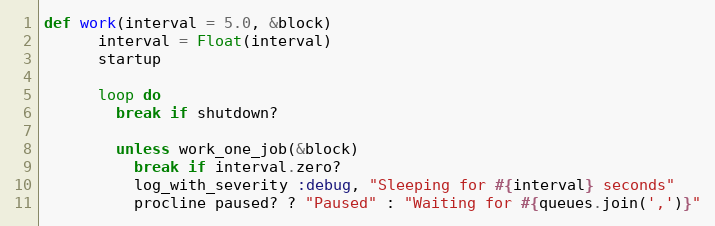
Language: Ruby
def work(interval = 5.0, &block)
      interval = Float(interval)
      startup

      loop do
        break if shutdown?

        unless work_one_job(&block)
          break if interval.zero?
          log_with_severity :debug, "Sleeping for #{interval} seconds"
          procline paused? ? "Paused" : "Waiting for #{queues.join(',')}"